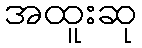
အထူးဆု